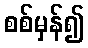
စစ်မှန်၍